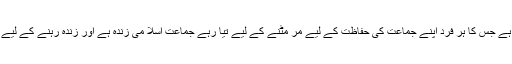
جماعت اسلامی توانا لوگوں کی جماعت ہے جس کا ہر فرد اپنے جماعت کی حفاظت کے لیے مر مٹنے کے لیے تیا رہے جماعت اسلا می زندہ ہے اور زندہ رہنے کے لیے بنی ہے اورانشا اللہ ہمیشہ زندہ رہی گی۔